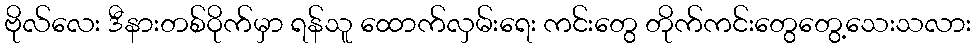
ဗိုလ်လေး ဒီနားတစ်ဝိုက်မှာ ရန်သူ ထောက်လှမ်းရေး ကင်းတွေ တိုက်ကင်းတွေတွေ့သေးသလား